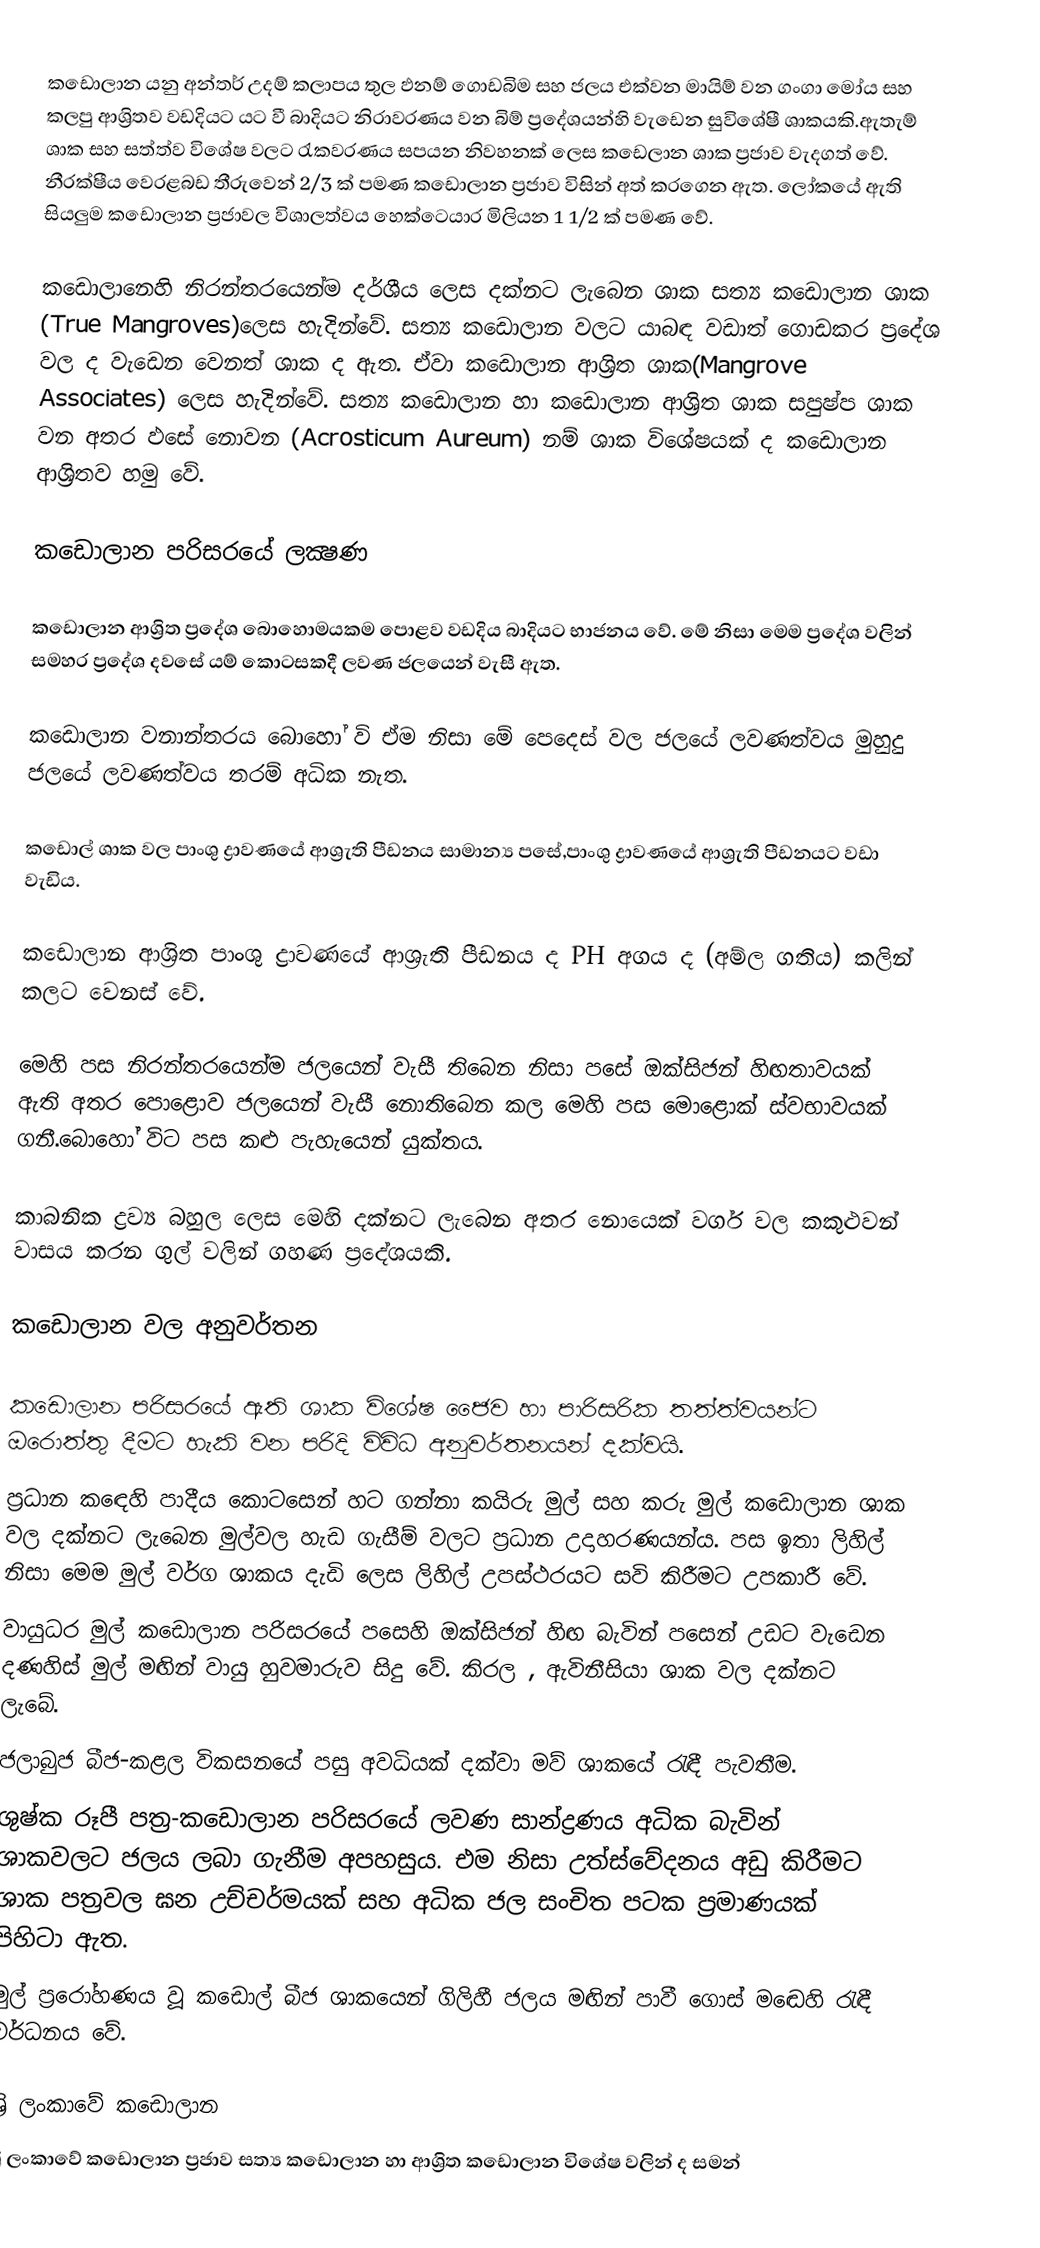
ක‍ඩොලාන යනු අන්තර් උදම් කලාපය තුල ඵනම් ගොඩබිම සහ ජලය එක්වන මායිම් වන ගංගා මෝය සහ කලපු ආශ්‍රිතව වඩදියට යට වී බාදියට නිරාවරණය වන බිම් ප්‍රදේශයන්හි වැඩෙන සුවිශේෂී ශාකයකි.ඇතැම් ශාක සහ සත්ත්ව වි‍ශේෂ වලට රැකවරණය සපයන නිවහනක් ලෙස කඩෙලාන ශාක ප්‍රජාව වැදගත් වේ. නීරක්ෂීය වෙරළබඩ තීරුවෙන් 2/3 ක් පමණ කඩොලාන ප්‍රජාව විසින් අත් කරගෙන ඇත. ලෝකයේ  ඇති සියලුම කඩොලාන ප්‍රජාවල විශාලත්වය හෙක්ටෙයාර මිලියන 1 1/2 ක් පමණ වේ.

කඩොලානෙහි නිරන්තරයෙන්ම දර්ශීය ලෙස දක්නට ලැබෙන ශාක සත්‍ය කඩොලාන ශාක (True Mangroves)ලෙස හැදින්වේ. සත්‍ය කඩොලාන වලට යාබඳ වඩාත් ගොඩකර ප්‍රදේශ වල ද වැඩෙන වෙනත් ශාක ද ඇත. ඒවා කඩොලාන ආශ්‍රිත ශාක(Mangrove Associates) ලෙස හැදින්වේ. සත්‍ය කඩොලාන හා කඩොලාන ආශ්‍රිත ශාක සපුෂ්ප ශාක වන අතර ඵසේ නොවන (Acrosticum Aureum) නම් ශාක විශේෂයක් ද කඩොලාන ආශ්‍රිතව හමු වේ.

කඩොලාන පරිසරයේ ලක්‍ෂණ

කඩොලාන ආශ්‍රිත ප්‍රදේශ බොහොමයකම පොළව වඩදිය බාදියට භාජනය වේ. මේ නිසා මෙම ප්‍රදේශ වලින් සමහර ප්‍රදේශ දවසේ යම් කොටසකදී ලවණ ජලයෙන් වැසී ඇත.

කඩොලාන වනාන්තරය බොහෝ වි ඒම නිසා ‍මේ පෙදෙස් වල ජලයේ ලවණත්වය මුහුදු ජලයේ ලවණත්වය තරම් අධික නැත.

කඩොල් ශාක වල පාංශු ද්‍රාවණයේ ආශ්‍රැති පීඩනය සාමාන්‍ය පසේ‍,පාංශු ද්‍රාවණයේ ආශ්‍රැති පීඩනයට වඩා වැඩිය.

කඩොලාන ආශ්‍රිත පාංශු ද්‍රාවණයේ ආශ්‍රැති පීඩනය ද PH අගය ද (අම්ල ගතිය) කලින් කලට වෙනස් වේ.

මෙහි පස නිරන්තරයෙන්ම ජලයෙන් වැසී තිබෙන නිසා පසේ ඔක්සිජන් හිඟතාවයක් ඇති අතර පොළොව ජලයෙන් වැසී නොතිබෙන කල මෙහි පස මොළොක් ස්වභාවයක් ගනී.බොහෝ විට පස කළු පැහැයෙන් යුක්තය.

කාබනික ද්‍රව්‍ය බහුල ලෙස මෙහි දක්නට ලැබෙන අතර නොයෙක් වර්ග වල කකුළුවන් වාසය කරන ගුල් වලින් ගහණ ප්‍රදේශයකි.

කඩොලාන වල අනුවර්තන

කඩොලාන පරිසරයේ ඇති ශාක විශේෂ ජෛව හා පාරිසරික තත්ත්වයන්ට ඔරොත්තු දීමට හැකි වන පරිදි විවිධ අනුවර්තනයන් දක්වයි.
ප්‍රධාන කඳෙහි පාදීය කොටසෙන් හට ගන්නා කයිරු මුල් සහ කරු මුල් කඩොලාන ශාක වල දක්නට ලැබෙන මුල්වල හැඩ ගැසීම් වලට ප්‍රධාන උදාහරණයන්ය. පස ඉතා ලිහිල් නිසා මෙම මුල් වර්ග ශාකය දැඩි ලෙ‍ස ලිහිල් උපස්ථරයට සවි කිරීමට උපකාරී වේ.
වායුධර මුල් කඩොලාන පරිසරයේ පසෙහි ඔක්සිජන් හිඟ බැවින් පසෙන් උඩට වැඩෙන දණහිස් මුල් මඟින් වායු හුවමාරුව සිදු වේ. කිරල , ඇවිනීසියා ශාක වල දක්නට ලැබේ.
ජලාබුජ බීජ-කළල විකසනයේ පසු අවධියක් දක්වා මව් ශාකයේ රැඳී පැවතීම.
ශුෂ්ක රූපී පත්‍ර-කඩොලාන පරිසරයේ ලවණ සාන්ද්‍රණය අධික බැවින් ශාකවලට ජලය ලබා ගැනීම අපහසුය. එම නිසා උත්ස්වේදනය අඩු කිරීමට ශාක පත්‍රවල ඝන උච්චර්මයක් සහ අධික ජල සංචිත පටක ප්‍රමාණයක් පිහිටා ඇත.
මුල් ප්‍රරෝහණය වූ කඩොල් බීජ ශාකයෙන් ගිලිහී ජලය මඟින් පාවී ගොස් මඬෙහි රැඳී වර්ධනය වේ.

ශ්‍රි ලංකාවේ කඩොලාන
ශ්‍රි ලංකාවේ කඩොලාන ප්‍රජාව සත්‍ය කඩොලාන හා ආශ්‍රිත කඩොලාන විශේෂ වලින් ද සමන්